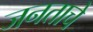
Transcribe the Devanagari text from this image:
जनताचे